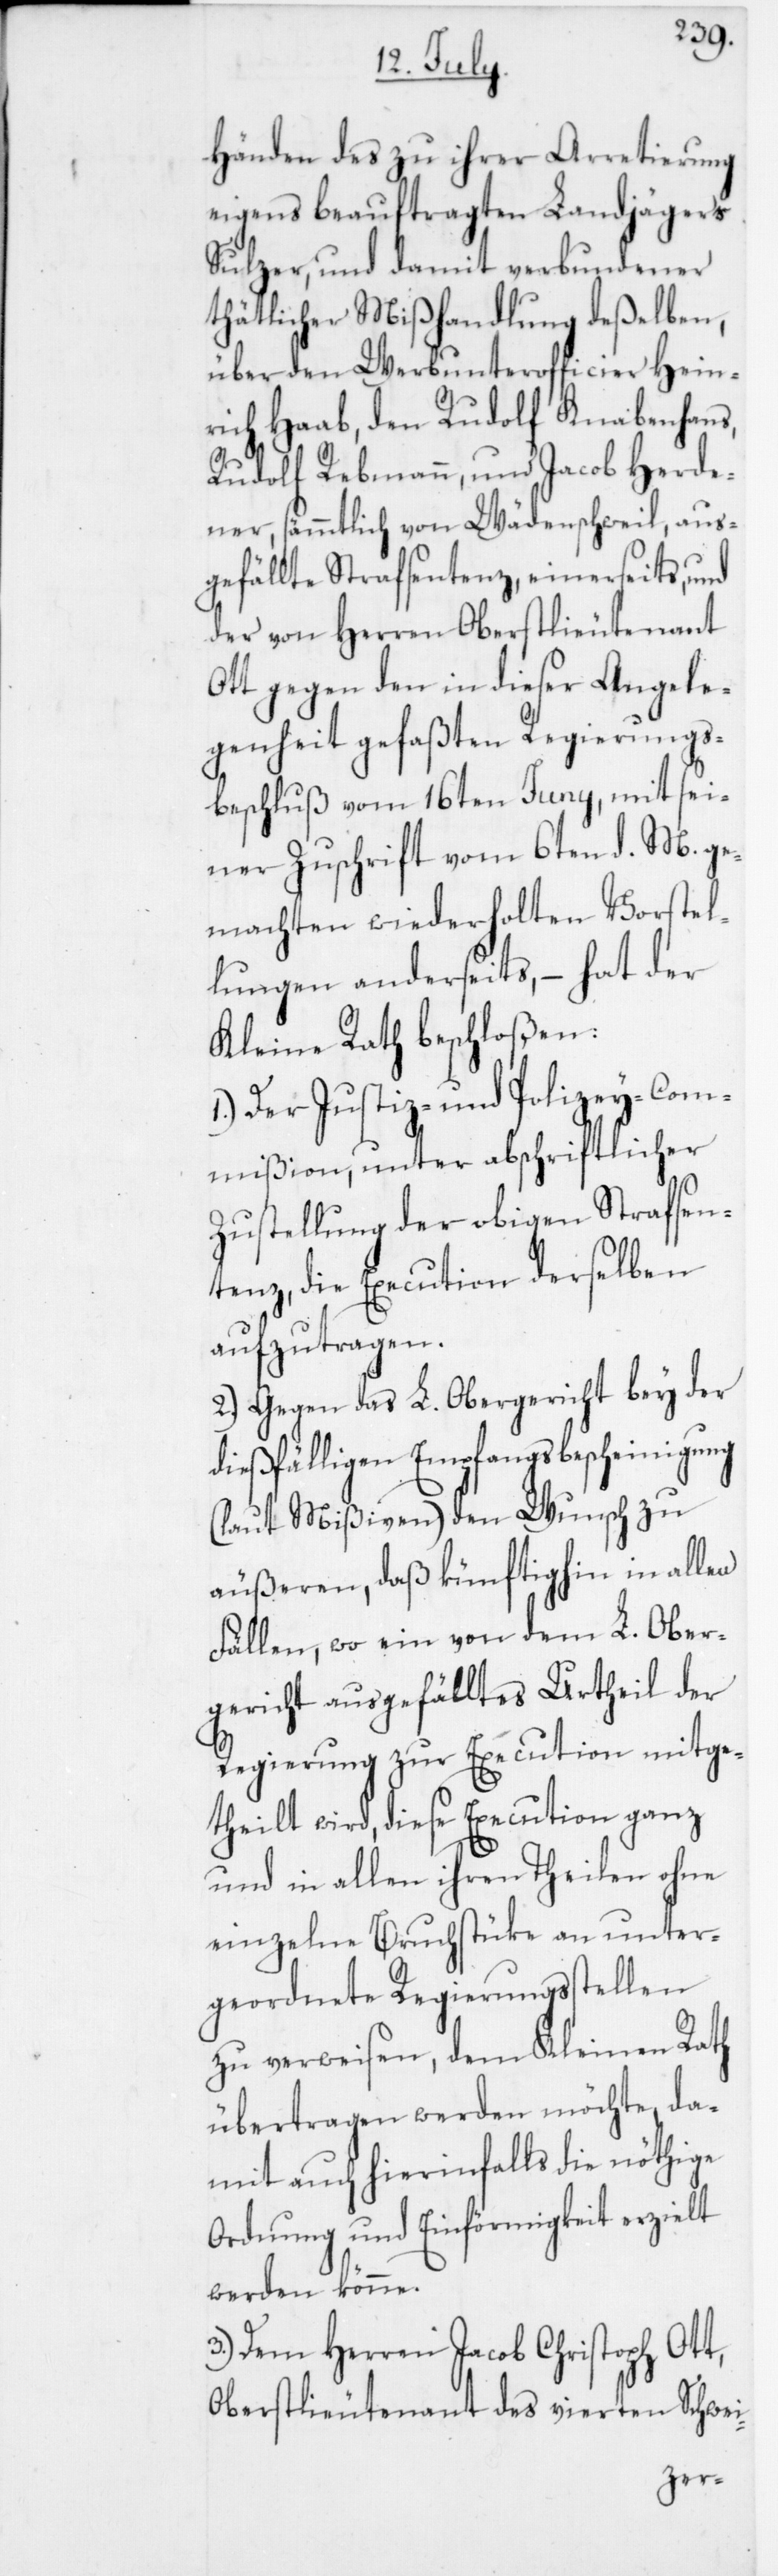
Händen des zu ihrer
eigens beauftragten Landjägers
Sulzer, und damit verbunden¬
thätlicher Mißhandlung deßelben,
über den Werbunterofficier Hein¬
rich Haab, den Rudolf Knabenhans,
Rudolf Rebmann und Jacob Herde¬
ner, sämmtlich von Wädenschweil, aus¬
gefällte Strafsentenz einerseits, und
der von Herren Oberstlieutenant
Ott gegen den in dieser Angele¬
genheit gefaßten Regierungs¬
beschluß vom 16ten Juny, mit sei¬
ner Zuschrift vom 6ten d. M. ge¬
machten wiederholten Vorstel¬
lungen anderseits, – hat der
Kleine Rath beschloßen:
1. Der Justiz- und Polizey-Com¬
mißion unter abschriftlicher
Zustellung der obigen Strafsen¬
tenz, die Execution derselben
aufzutragen.
2. Gegen das L. Obergericht bey der
dießfälligen Empfangsbescheinigung
(laut Mißiven) den Wunsch
äußeren, daß künftighin in allen
Fällen, wo ein von dem L. Ober¬
gericht ausgefälltes Urtheil der
Regierung zur Execution mitge¬
theilt wird, diese Execution ganz
und in allen ihren Theilen ohne
einzelne Bruchstüke an unter¬
elt
geordnete Regierungs¬
Rath
zu verweisen, dem
da¬
übertragen werden möc¬
hte,
mit auch hierinfalls die
Ordnung und Einförmigkeit erzi¬
werden könne.
3. Dem Herren Jacob Christoph Ott,
Oberstlieutenant des vierten Schwei-